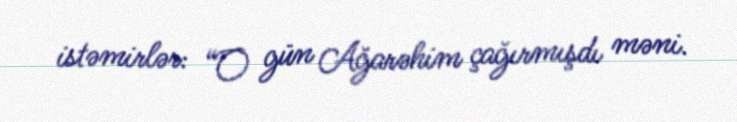
istəmirlər: “O gün Ağarəhim çağırmışdı məni.